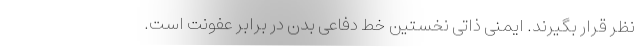
نظر قرار بگیرند. ایمنی ذاتی نخستین خط دفاعی بدن در برابر عفونت است.